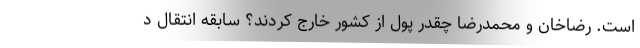
است. رضاخان و محمدرضا چقدر پول از کشور خارج کردند؟ سابقه انتقال د